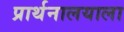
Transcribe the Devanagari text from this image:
प्रार्थनालयाला